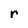
Character: r